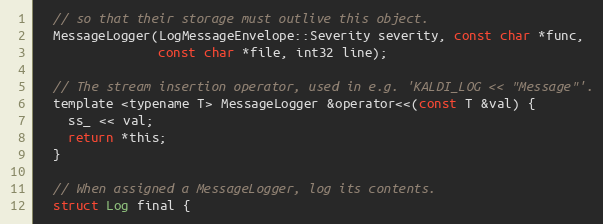
Language: C
  // so that their storage must outlive this object.
  MessageLogger(LogMessageEnvelope::Severity severity, const char *func,
                const char *file, int32 line);

  // The stream insertion operator, used in e.g. 'KALDI_LOG << "Message"'.
  template <typename T> MessageLogger &operator<<(const T &val) {
    ss_ << val;
    return *this;
  }

  // When assigned a MessageLogger, log its contents.
  struct Log final {